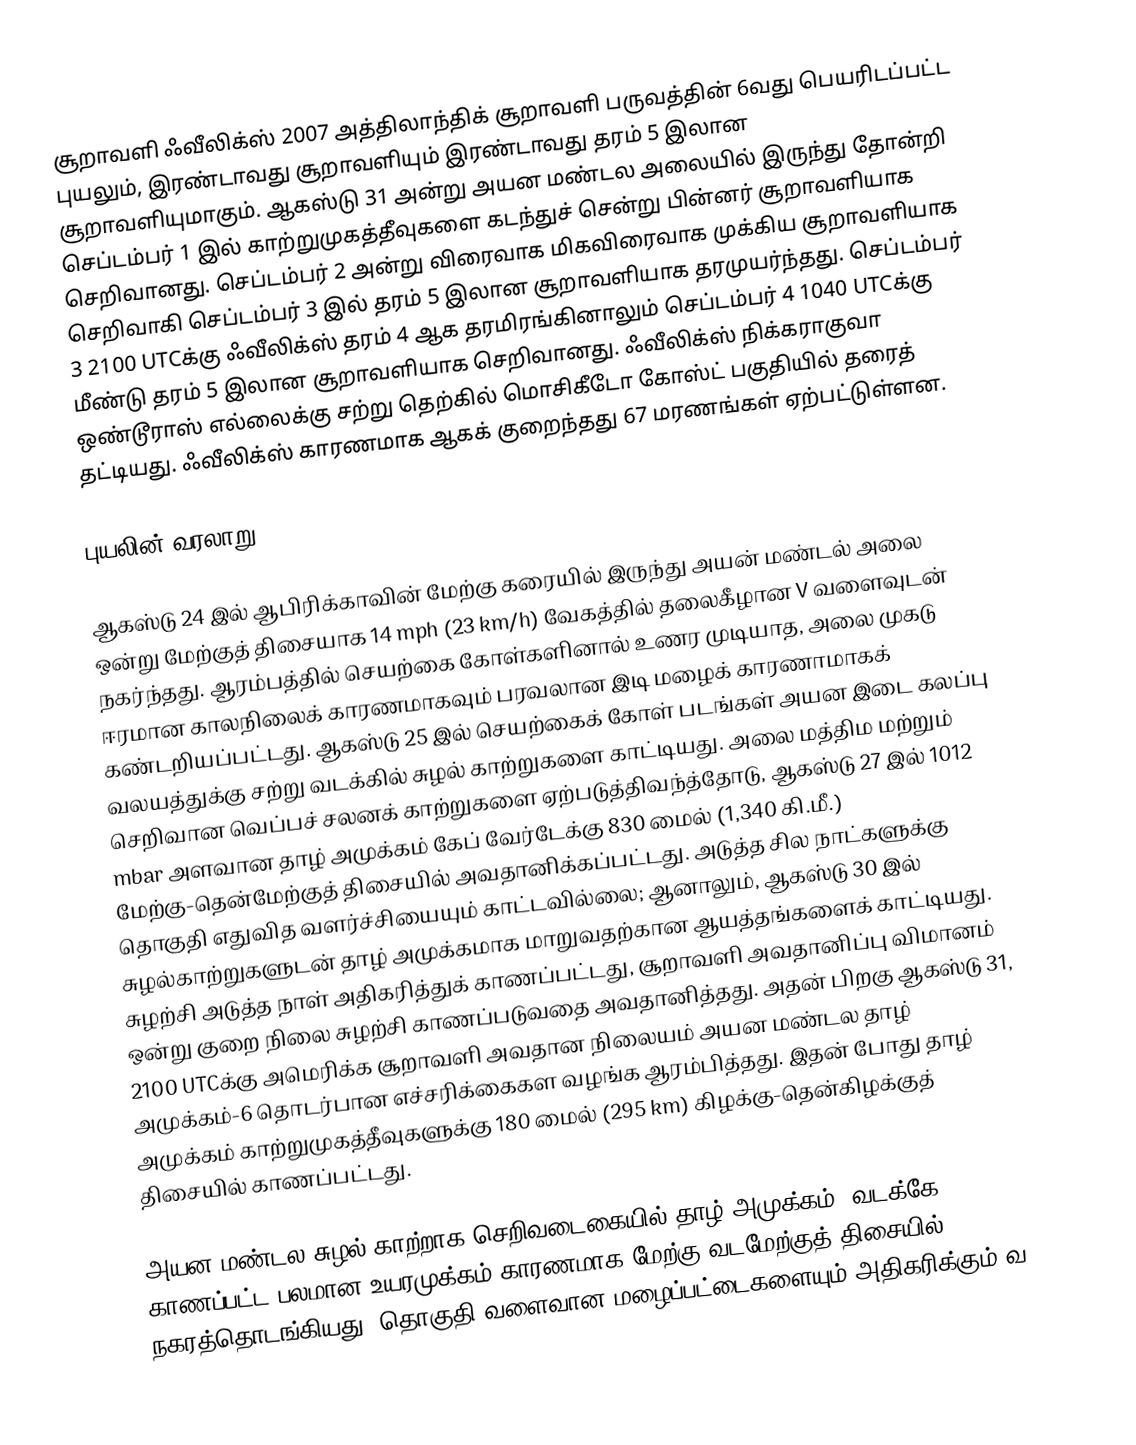
சூறாவளி ஃவீலிக்ஸ் 2007 அத்திலாந்திக் சூறாவளி பருவத்தின் 6வது பெயரிடப்பட்ட புயலும், இரண்டாவது சூறாவளியும் இரண்டாவது தரம் 5 இலான சூறாவளியுமாகும். ஆகஸ்டு 31 அன்று அயன மண்டல அலையில் இருந்து தோன்றி செப்டம்பர் 1 இல்  காற்றுமுகத்தீவுகளை கடந்துச் சென்று பின்னர் சூறாவளியாக செறிவானது. செப்டம்பர் 2 அன்று விரைவாக மிகவிரைவாக முக்கிய சூறாவளியாக  செறிவாகி செப்டம்பர் 3 இல் தரம் 5 இலான சூறாவளியாக தரமுயர்ந்தது. செப்டம்பர் 3 2100 UTCக்கு ஃவீலிக்ஸ் தரம் 4 ஆக தரமிரங்கினாலும் செப்டம்பர் 4  1040 UTCக்கு மீண்டு தரம் 5 இலான சூறாவளியாக செறிவானது. ஃவீலிக்ஸ்  நிக்கராகுவா ஒண்டூராஸ் எல்லைக்கு சற்று தெற்கில் மொசிகீடோ கோஸ்ட் பகுதியில் தரைத் தட்டியது. ஃவீலிக்ஸ் காரணமாக ஆகக் குறைந்தது 67 மரணங்கள் ஏற்பட்டுள்ளன.

புயலின் வரலாறு

ஆகஸ்டு 24 இல் ஆபிரிக்காவின் மேற்கு கரையில் இருந்து அயன் மண்டல் அலை ஒன்று மேற்குத் திசையாக 14 mph (23 km/h) வேகத்தில் தலைகீழான V வளைவுடன் நகர்ந்தது. ஆரம்பத்தில் செயற்கை கோள்களினால் உணர முடியாத, அலை முகடு ஈரமான காலநிலைக் காரணமாகவும்  பரவலான  இடி மழைக் காரணாமாகக்  கண்டறியப்பட்டது. ஆகஸ்டு 25 இல் செயற்கைக் கோள் படங்கள் அயன இடை கலப்பு வலயத்துக்கு சற்று வடக்கில் சுழல் காற்றுகளை காட்டியது. அலை மத்திம மற்றும் செறிவான வெப்பச் சலனக் காற்றுகளை ஏற்படுத்திவந்த்தோடு, ஆகஸ்டு 27 இல் 1012 mbar அளவான தாழ் அமுக்கம் கேப் வேர்டேக்கு 830 மைல் (1,340 கி.மீ.) மேற்கு-தென்மேற்குத் திசையில் அவதானிக்கப்பட்டது. அடுத்த சில நாட்களுக்கு தொகுதி எதுவித வளர்ச்சியையும் காட்டவில்லை; ஆனாலும், ஆகஸ்டு 30 இல் சுழல்காற்றுகளுடன் தாழ் அமுக்கமாக மாறுவதற்கான ஆயத்தங்களைக் காட்டியது. சுழற்சி அடுத்த நாள் அதிகரித்துக் காணப்பட்டது, சூறாவளி அவதானிப்பு விமானம் ஒன்று குறை நிலை சுழற்சி காணப்படுவதை அவதானித்தது. அதன் பிறகு ஆகஸ்டு 31, 2100 UTCக்கு அமெரிக்க சூறாவளி அவதான நிலையம் அயன மண்டல தாழ் அமுக்கம்-6 தொடர்பான எச்சரிக்கைகள வழங்க ஆரம்பித்தது. இதன் போது தாழ் அமுக்கம் காற்றுமுகத்தீவுகளுக்கு 180 மைல் (295 km) கிழக்கு-தென்கிழக்குத் திசையில் காணப்பட்டது.

அயன மண்டல சுழல் காற்றாக செறிவடைகையில் தாழ் அமுக்கம், வடக்கே காணப்பட்ட பலமான உயரமுக்கம் காரணமாக மேற்கு-வடமேற்குத் திசையில் நகரத்தொடங்கியது. தொகுதி வளைவான மழைப்பட்டைகளையும் அதிகரிக்கும் வ